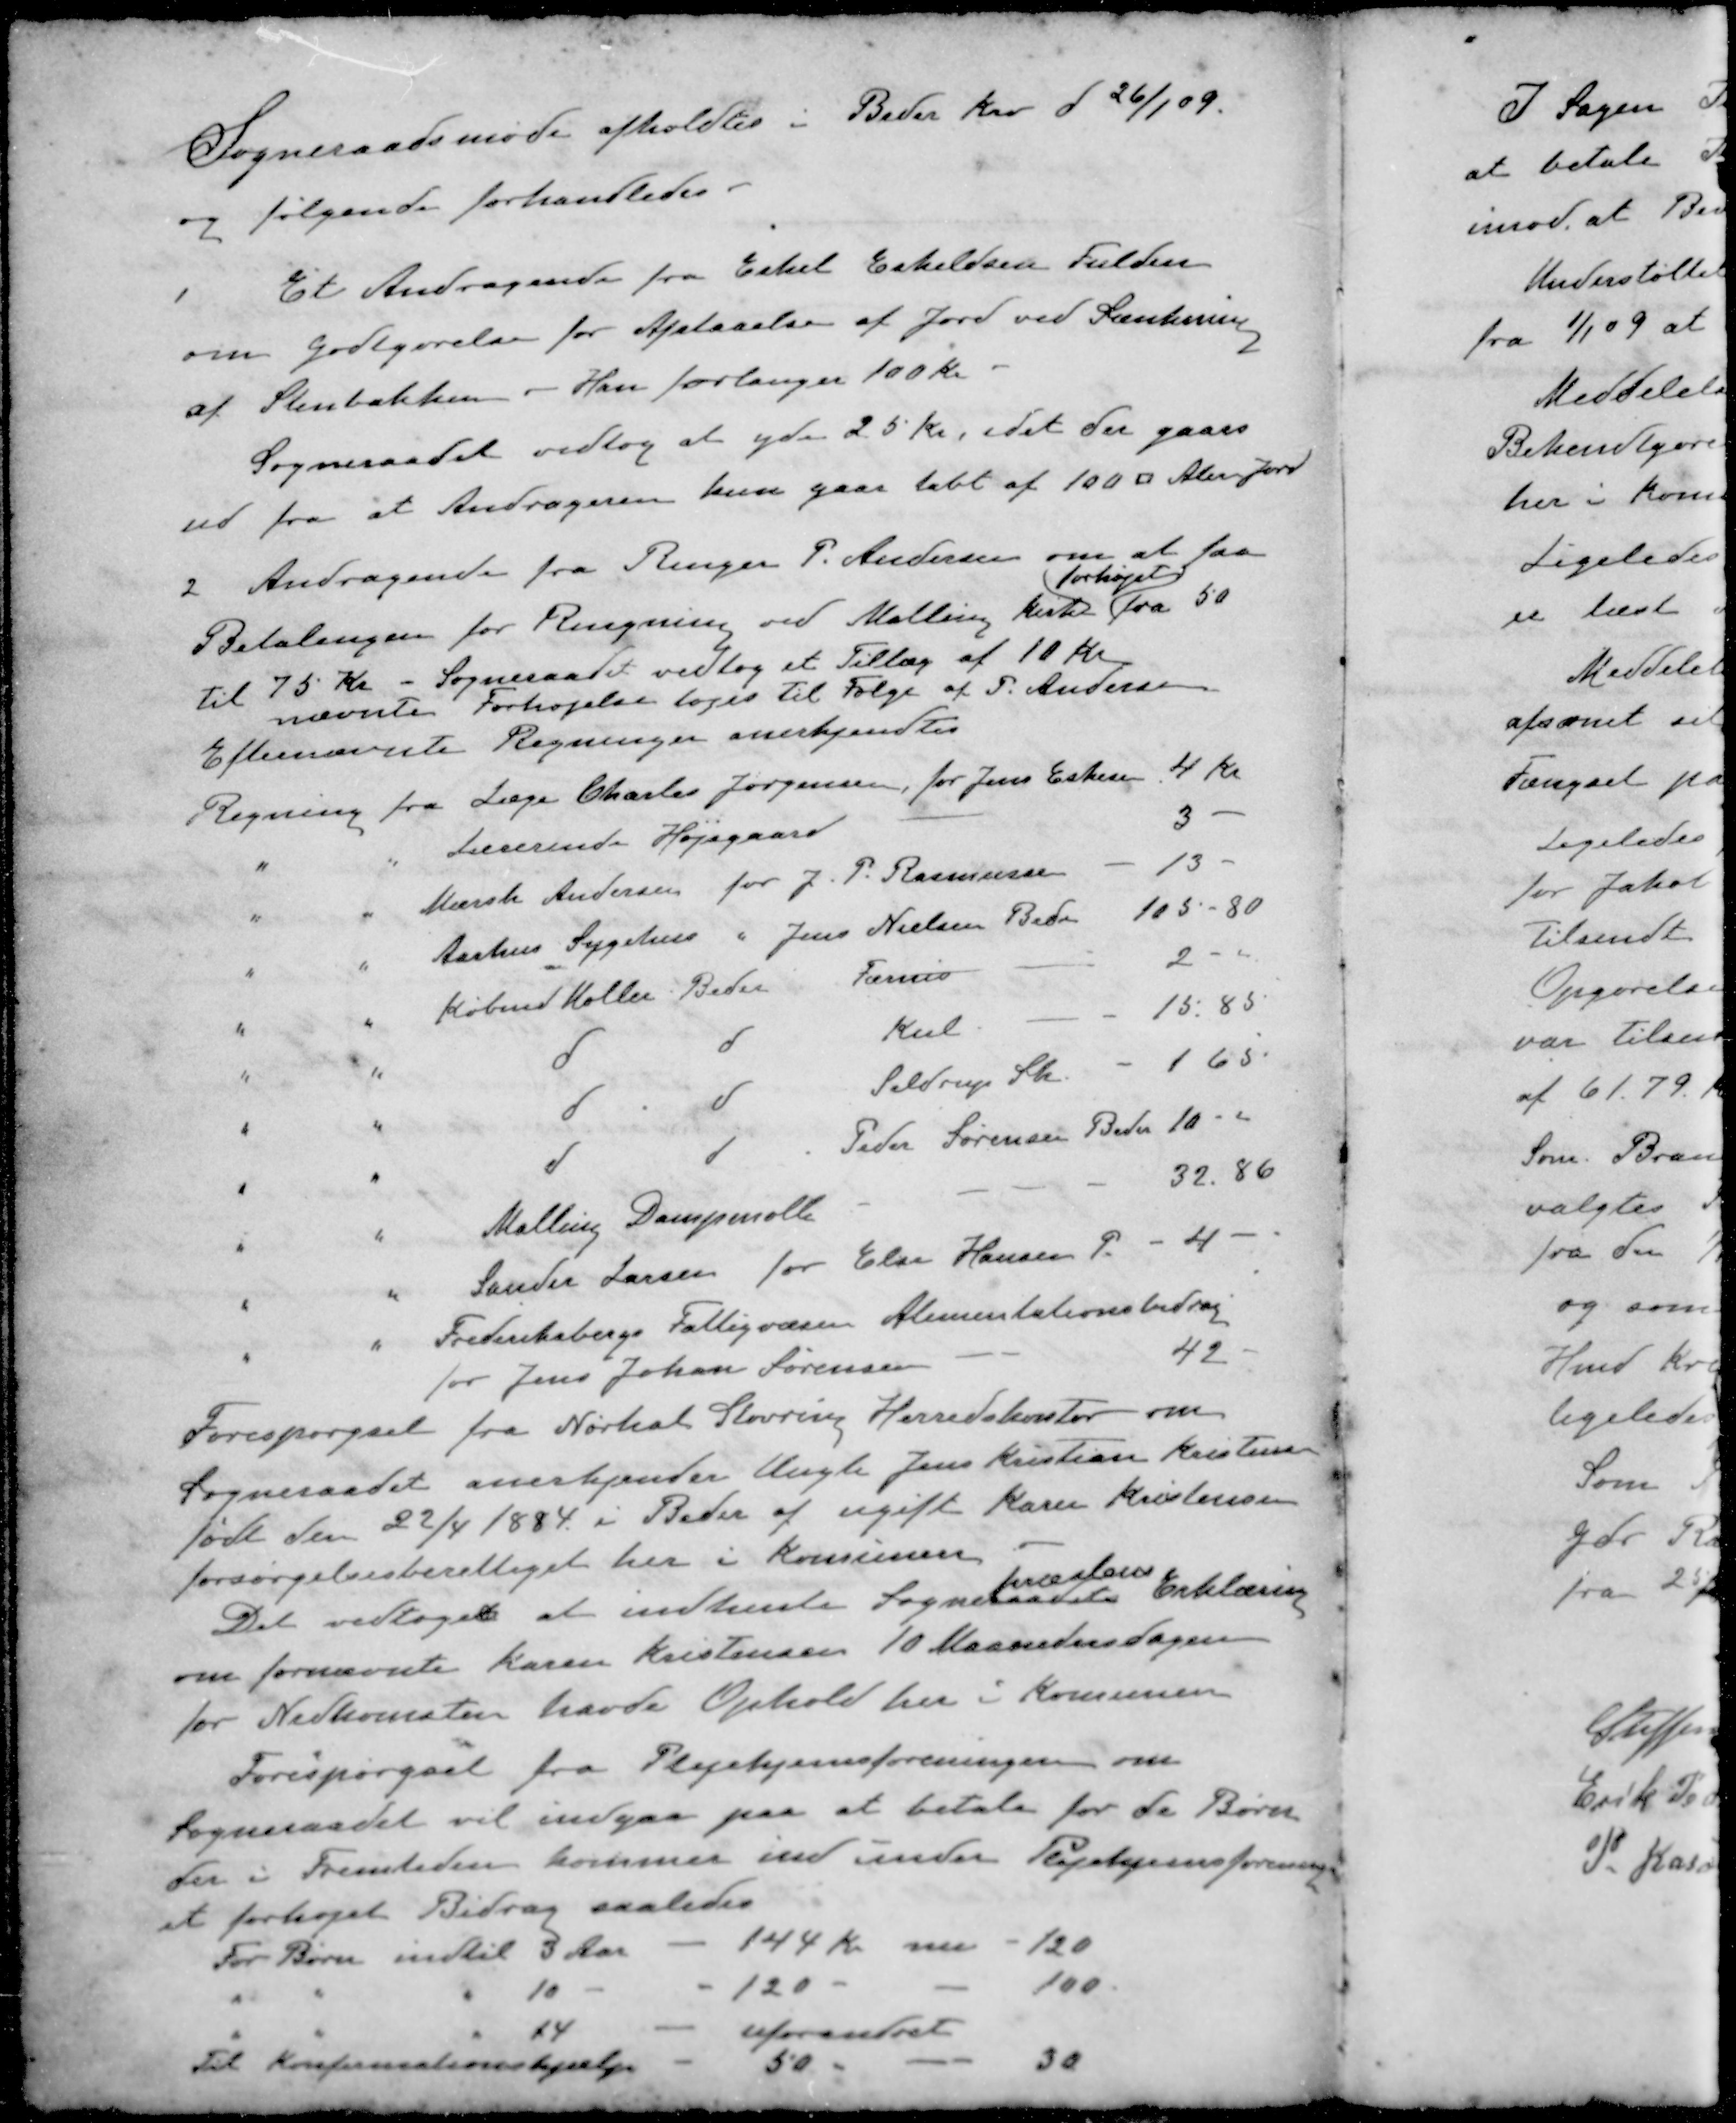
Transskription:
Sogneraadsmøde afholdtes i Beder Kro d 26/1 09.
og følgende forhandledes.
1 Et Andragende fra Eskel Eskildsen Fulden
om godtgørelse for Afstaaelse af Jord ved Sænkning
af Stenbakken. Han forlanger 100 Kr
Sogneraadet vedtog at yde 25 Kr, idet der gaaes
ud fra at Andrageren kun gaar tabt af 100 □ Alen Jorg
2 Andragende fra Ringer P. Andersen om at faa
forhøjet
Betalingen for Rengøring ved Malling kirke fra 50
til 75 Kr - Sogneraadet vedtog et Tillæg af 10 Kr
nævnte Forhøjelse toges til Følge af P. Andersen
Efternævnte Regninger anerkjendtes
Regning fra Læge Charles Jørgensen, for Jens Eskesen
4 Kr
" " Lærerinde Højsgaard
3 -
" " Mærsk Andersen for J. P. Rasmussen
13 -
" " Aarhus Sygehus " Jens Nielsen Beder
105 - 80
" " Købmd. Møller Beder Færnis
2- "
" " d d Kul
15.85
" " d d Seldrup Sk.
165
" " d d Peder Sørensen Beder
10 - "
" " Malling Dampmølle
32.86
" " Sander Larsen for Else Hansen P
4 -
" " Frederiksbergs Fattigvæsen Alimentationsbidrag
for Jens Johan Sørensen
42
Forespørgsel fra Nørhal Støvring Herredskontor om
Sogneraadet anerkjender Ungk Jens Kristian Kristensen
født den 22/4 1884 i Beder af ugift Karen Kristensen
forsørgelsesberettiget her i Komunen
præstens
Det vedtoges at indhente Sogneraadets Erklæring
om fornævnte Karen Kristensen 10 Maanedersdagen
for Nedkomsten havde Ophold her i Komunen
Forespørgsel fra Plejehjemsforeningen om
Sogneraadet vil indgaa paa at betale for de Børn
der i Fremtiden kommer ind under Plejehjemsforeningen
et forhøjet Bidrag saaledes
For Børn indtil 3 Aar - 144 Kr nu - 120
" " " 10 - - 120 - - 100
" " " 14 - uforandret
Til Konfirmationshjælp - 50 - - 30